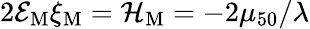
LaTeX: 2{\cal E}_{\mathrm{M}}\xi_{\mathrm{M}}={\cal H}_{\mathrm{M}}=-2\mu_{50}/\lambda